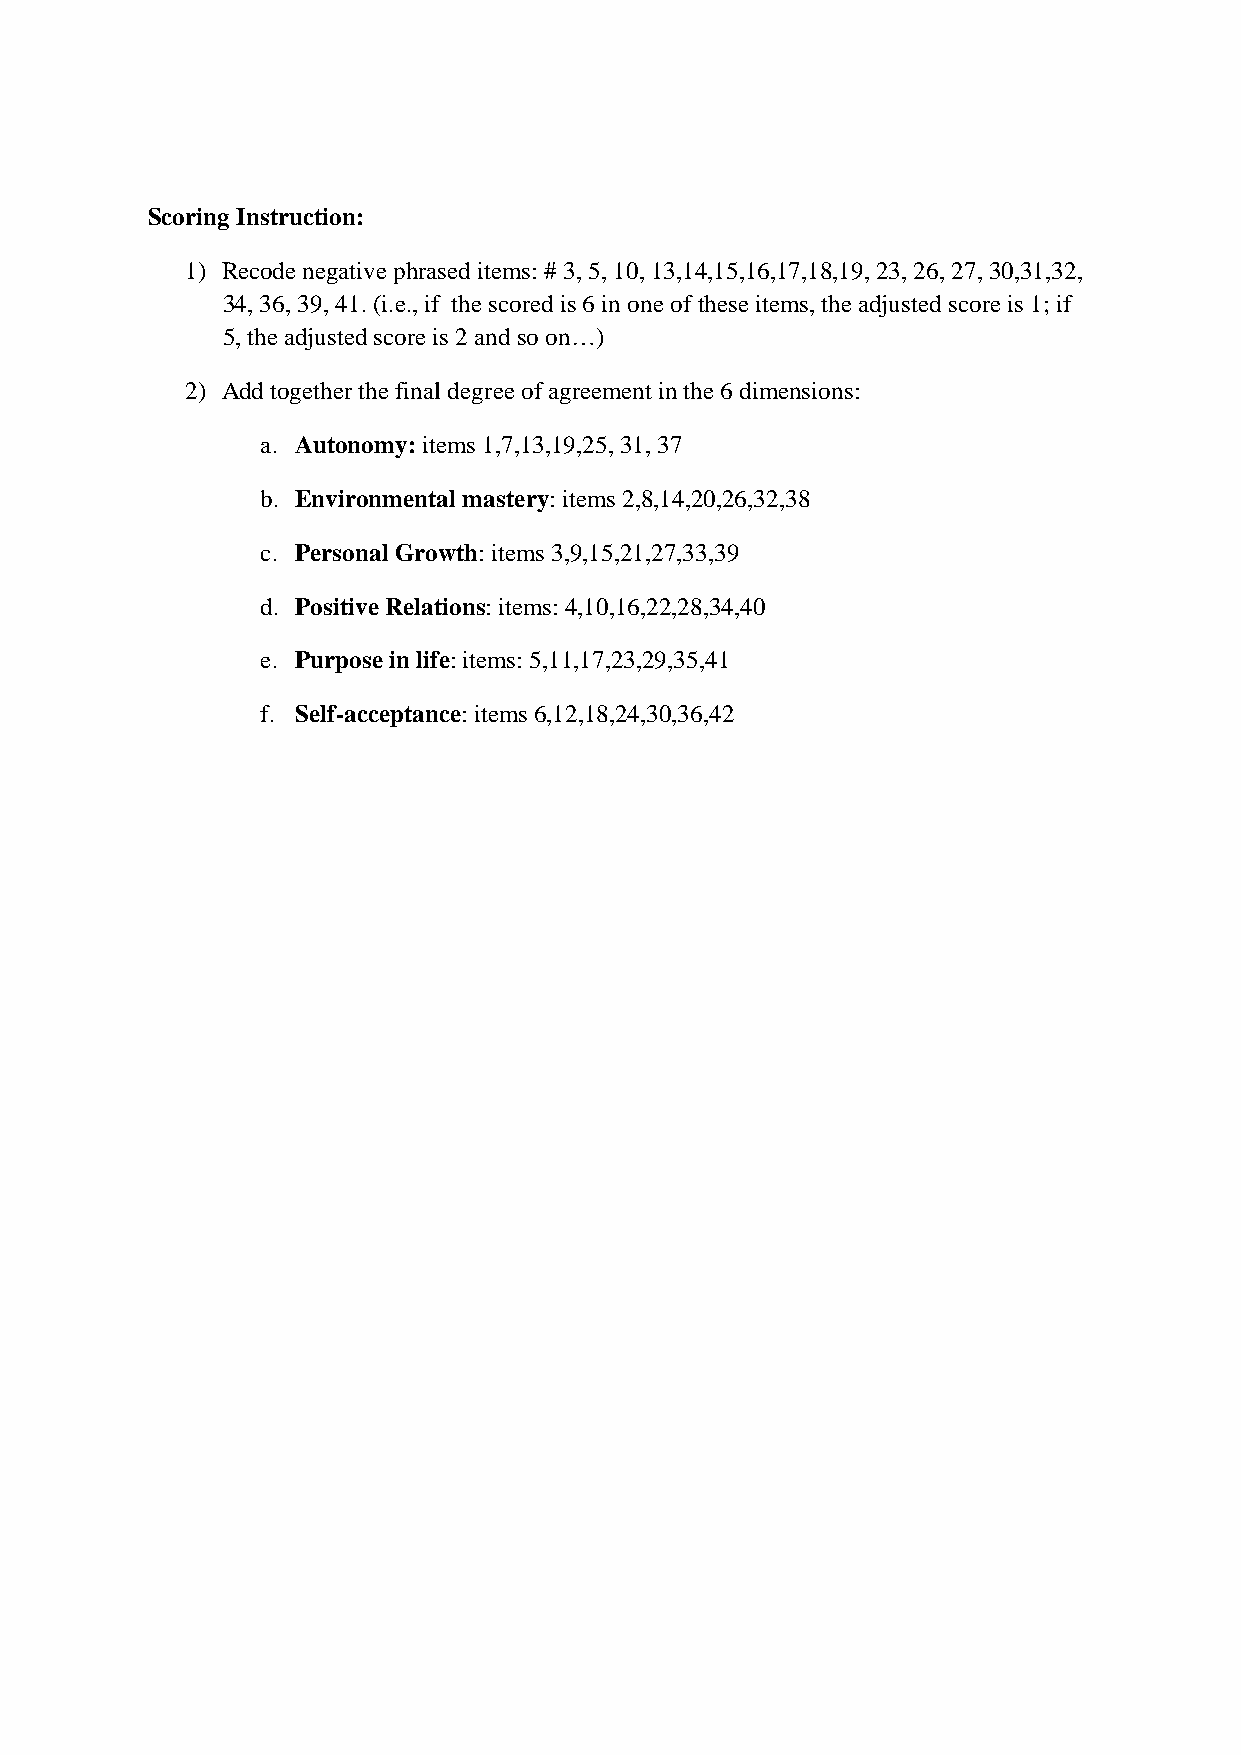
Scoring Instruction:
 1) Recode negative phrased items: # 3, 5, 10, 13,14,15,16,17,18,19, 23, 26, 27, 30,31,32,
 34, 36, 39, 41. (i.e., if the scored is 6 in one of these items, the adjusted score is 1; if
 5, the adjusted score is 2 and so on…)
 2) Add together the final degree of agreement in the 6 dimensions:
 a. Autonomy: items 1,7,13,19,25, 31, 37
 b. Environmental mastery: items 2,8,14,20,26,32,38
 c. Personal Growth: items 3,9,15,21,27,33,39
 d. Positive Relations: items: 4,10,16,22,28,34,40
 e. Purpose in life: items: 5,11,17,23,29,35,41
 f. Self-acceptance: items 6,12,18,24,30,36,42